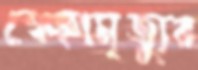
স্বেচ্ছামৃত্যুর